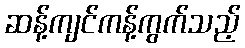
ဆန့်ကျင်ကန့်ကွက်သည့်